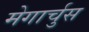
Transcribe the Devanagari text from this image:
मेगार्चुस